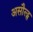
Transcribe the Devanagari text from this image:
असौल्ट्स